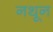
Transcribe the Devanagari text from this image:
नथून